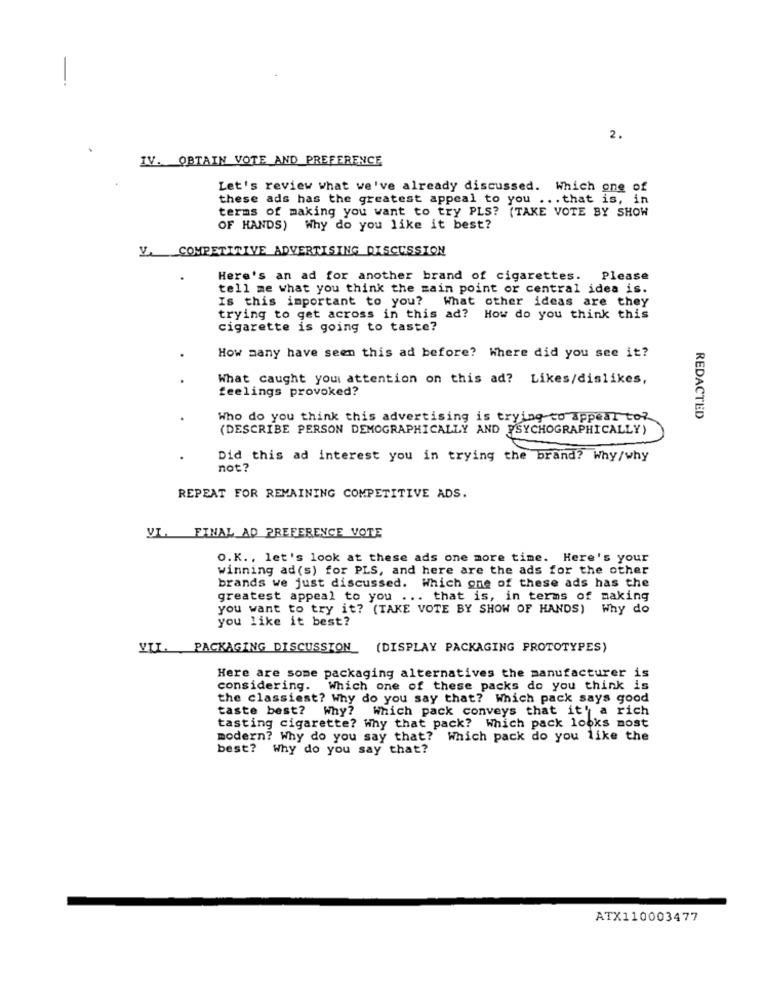
2.
IV. OBTAIN VOTE AND PREFERENCE
Let's review what we've already discussed. Which one of
these ads has the greatest appeal to you ... that is, in
terms of making you want to try PLS? (TAKE VOTE BY SHOW
OF HANDS) Why do you like it best?
Y. COMPETITIVE ADVERTISING DISCUSSION
Here's an ad for another brand of cigarettes. Please
tell me what you think the main point or central idea is.
Is this important to you? What other ideas are they
trying to get across in this ad? How do you think this
cigarette is going to taste?
How many have seen this ad before? Where did you see it?
.
What caught you attention on this ad? Likes/dislikes,
feelings provoked?
Who do you think this advertising is trying to appear to?
REDACTED
(DESCRIBE PERSON DEMOGRAPHICALLY AND PSYCHOGRAPHICALLY)
Did this ad interest you in trying the brand? Why/why
not?
REPEAT FOR REMAINING COMPETITIVE ADS.
VI. FINAL AD PREFERENCE VOTE
O.K ., let's look at these ads one more time. Here's your
winning ad (s) for PLS, and here are the ads for the other
brands we just discussed. Which one of these ads has the
greatest appeal to you ... that is, in terms of making
you want to try it? (TAKE VOTE BY SHOW OF HANDS) Why do
you like it best?
VII. PACKAGING DISCUSSION (DISPLAY PACKAGING PROTOTYPES)
Here are some packaging alternatives the manufacturer is
considering. Which one of these packs do you think is
the classiest? Why do you say that? Which pack says good
taste best? Why? Which pack conveys that it' a rich
tasting cigarette? Why that pack? Which pack looks most
modern? Why do you say that? Which pack do you like the
best? Why do you say that?
ATX110003477